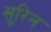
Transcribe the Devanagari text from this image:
सूरिन